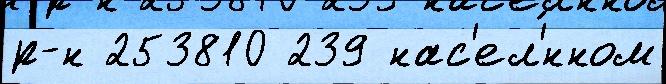
р-н 253810 239 нас'ел'́нном